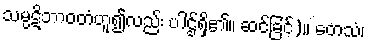
သမ္ပဋိဘာဝတံဟူ၍လည်း ပါဌ်ရှိ၏။ ဆင်ခြင်)။ တေသံ၊